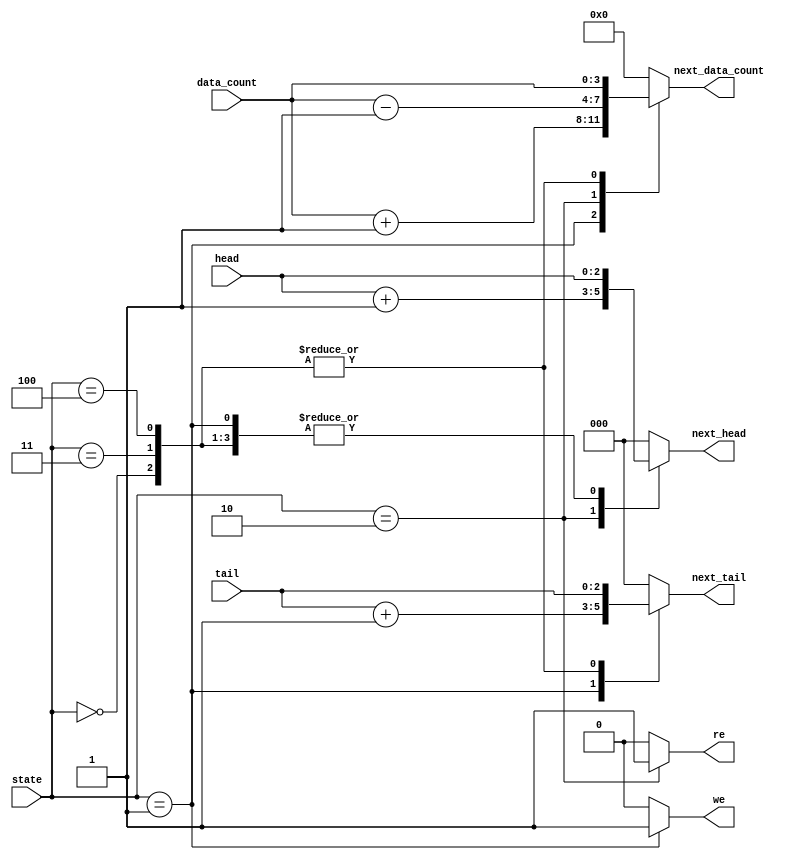
// recieve current register's status and then calculate next status
module fifo_cal_addr(state, head, tail, data_count, we,re,next_head, next_tail, next_data_count); 
// input value
input [2:0] state, head, tail;
input [3:0] data_count;
// output value 
output reg we, re;
output reg [2:0] next_head, next_tail;
output reg [3:0] next_data_count;
// parameter setting
parameter IDLE = 3'b000;
parameter WRITE = 3'b001;
parameter READ = 3'b010;
parameter WR_ERROR = 3'b011;
parameter RD_ERROR = 3'b100;

// In each case of current state, set value like under that
always @(state, data_count, head, tail)
begin
	next_data_count = 0;
	next_tail = 0;
	next_head = 0;
	we =0;
	re =0;
	case(state)
		IDLE : // if current state is IDLE
		begin 
			next_data_count <= data_count; // keep data count, head, tail
			next_head <= head;
			next_tail <= tail;
			we <= 0;								// set write enable, read enable to 0
			re <= 0;
		end
		WRITE: // if current state is WRITE
		begin
			next_data_count <= data_count + 1'b1; //plus 1 at current data count
			next_head <= head;			// keep head
			next_tail <= tail + 3'h1;	// plus 1 at tail
			we <= 1;							// set write enable to 1
			re <= 0;
		end
		READ:	// if current state is READ
		begin
			next_data_count <= data_count - 1'b1;	// minus 1 at data count
			next_head <= head + 3'h1;					// plus 1 at head, keep tail
			we <= 0;
			re <= 1;											// set read enable to 1
		end
		// if current state is WR_ERROR or RD_ERROR, keep current values
		WR_ERROR:
		begin 
			next_data_count <= data_count;
			next_head <= head;
			next_tail <= tail;
			we <= 0;
			re <= 0;
		end
		RD_ERROR:
		begin 
			next_data_count <= data_count;
			next_head <= head;
			next_tail <= tail;
			we <= 0;
			re <= 0;
		end
		default: ; // default case 
	endcase
end
endmodule